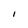
Character: I